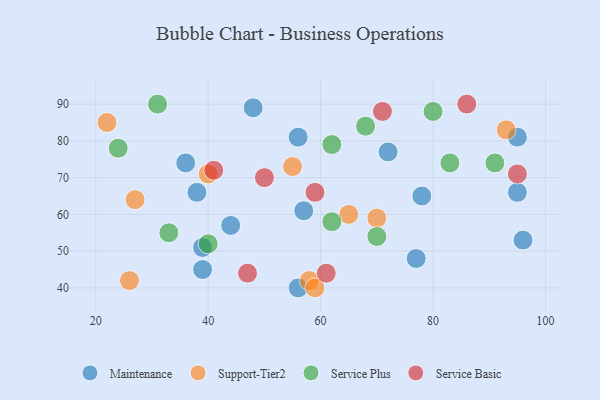
{"axis": {"x": "GDP", "y": "Life Expectancy"}, "legend": ["Maintenance", "Service Basic", "Service Plus", "Support-Tier2"], "data": [{"x": "78", "y": 65, "type": "Maintenance"}, {"x": "36", "y": 74, "type": "Maintenance"}, {"x": "56", "y": 81, "type": "Maintenance"}, {"x": "48", "y": 89, "type": "Maintenance"}, {"x": "95", "y": 66, "type": "Maintenance"}, {"x": "39", "y": 51, "type": "Maintenance"}, {"x": "95", "y": 81, "type": "Maintenance"}, {"x": "38", "y": 66, "type": "Maintenance"}, {"x": "96", "y": 53, "type": "Maintenance"}, {"x": "77", "y": 48, "type": "Maintenance"}, {"x": "44", "y": 57, "type": "Maintenance"}, {"x": "39", "y": 45, "type": "Maintenance"}, {"x": "57", "y": 61, "type": "Maintenance"}, {"x": "72", "y": 77, "type": "Maintenance"}, {"x": "56", "y": 40, "type": "Maintenance"}, {"x": "40", "y": 71, "type": "Support-Tier2"}, {"x": "58", "y": 42, "type": "Support-Tier2"}, {"x": "70", "y": 59, "type": "Support-Tier2"}, {"x": "93", "y": 83, "type": "Support-Tier2"}, {"x": "22", "y": 85, "type": "Support-Tier2"}, {"x": "27", "y": 64, "type": "Support-Tier2"}, {"x": "55", "y": 73, "type": "Support-Tier2"}, {"x": "65", "y": 60, "type": "Support-Tier2"}, {"x": "26", "y": 42, "type": "Support-Tier2"}, {"x": "59", "y": 40, "type": "Support-Tier2"}, {"x": "62", "y": 79, "type": "Service Plus"}, {"x": "91", "y": 74, "type": "Service Plus"}, {"x": "40", "y": 52, "type": "Service Plus"}, {"x": "62", "y": 58, "type": "Service Plus"}, {"x": "24", "y": 78, "type": "Service Plus"}, {"x": "70", "y": 54, "type": "Service Plus"}, {"x": "31", "y": 90, "type": "Service Plus"}, {"x": "83", "y": 74, "type": "Service Plus"}, {"x": "68", "y": 84, "type": "Service Plus"}, {"x": "33", "y": 55, "type": "Service Plus"}, {"x": "80", "y": 88, "type": "Service Plus"}, {"x": "47", "y": 44, "type": "Service Basic"}, {"x": "50", "y": 70, "type": "Service Basic"}, {"x": "71", "y": 88, "type": "Service Basic"}, {"x": "95", "y": 71, "type": "Service Basic"}, {"x": "41", "y": 72, "type": "Service Basic"}, {"x": "86", "y": 90, "type": "Service Basic"}, {"x": "59", "y": 66, "type": "Service Basic"}, {"x": "61", "y": 44, "type": "Service Basic"}]}